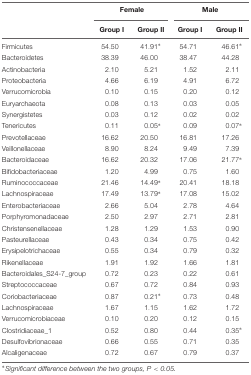
<table><thead><tr><td></td><td colspan="2"><b>Female</b></td><td colspan="2"><b>Male</b></td></tr><tr><td></td><td><b>Group I</b></td><td><b>Group II</b></td><td><b>Group I</b></td><td><b>Group II</b></td></tr></thead><tbody><tr><td>Firmicutes</td><td>54.50</td><td>41.91<sup>*</sup></td><td>54.71</td><td>46.61<sup>*</sup></td></tr><tr><td>Bacteroidetes</td><td>38.39</td><td>46.00</td><td>38.47</td><td>44.28</td></tr><tr><td>Actinobacteria</td><td>2.10</td><td>5.21</td><td>1.52</td><td>2.11</td></tr><tr><td>Proteobacteria</td><td>4.66</td><td>6.19</td><td>4.91</td><td>6.72</td></tr><tr><td>Verrucomicrobia</td><td>0.10</td><td>0.15</td><td>0.20</td><td>0.12</td></tr><tr><td>Euryarchaeota</td><td>0.08</td><td>0.13</td><td>0.03</td><td>0.05</td></tr><tr><td>Synergistetes</td><td>0.03</td><td>0.12</td><td>0.02</td><td>0.02</td></tr><tr><td>Tenericutes</td><td>0.11</td><td>0.05<sup>*</sup></td><td>0.09</td><td>0.07<sup>*</sup></td></tr><tr><td>Prevotellaceae</td><td>16.62</td><td>20.50</td><td>16.81</td><td>17.26</td></tr><tr><td>Veillonellaceae</td><td>8.90</td><td>8.24</td><td>9.49</td><td>7.39</td></tr><tr><td>Bacteroidaceae</td><td>16.62</td><td>20.32</td><td>17.06</td><td>21.77<sup>*</sup></td></tr><tr><td>Bifidobacteriaceae</td><td>1.20</td><td>4.99</td><td>0.75</td><td>1.60</td></tr><tr><td>Ruminococcaceae</td><td>21.46</td><td>14.49<sup>*</sup></td><td>20.41</td><td>18.18</td></tr><tr><td>Lachnospiraceae</td><td>17.49</td><td>13.79<sup>*</sup></td><td>17.08</td><td>15.02</td></tr><tr><td>Enterobacteriaceae</td><td>2.66</td><td>5.04</td><td>2.78</td><td>4.64</td></tr><tr><td>Porphyromonadaceae</td><td>2.50</td><td>2.97</td><td>2.71</td><td>2.81</td></tr><tr><td>Christensenellaceae</td><td>1.28</td><td>1.29</td><td>1.53</td><td>0.90</td></tr><tr><td>Pasteurellaceae</td><td>0.43</td><td>0.34</td><td>0.75</td><td>0.42</td></tr><tr><td>Erysipelotrichaceae</td><td>0.55</td><td>0.34</td><td>0.79</td><td>0.32</td></tr><tr><td>Rikenellaceae</td><td>1.91</td><td>1.92</td><td>1.66</td><td>1.81</td></tr><tr><td>Bacteroidales_S24-7_group</td><td>0.72</td><td>0.23</td><td>0.22</td><td>0.61</td></tr><tr><td>Streptococcaceae</td><td>0.67</td><td>0.72</td><td>0.84</td><td>0.93</td></tr><tr><td>Coriobacteriaceae</td><td>0.87</td><td>0.21<sup>*</sup></td><td>0.73</td><td>0.48</td></tr><tr><td>Lachnospiraceae</td><td>1.67</td><td>1.15</td><td>1.62</td><td>1.72</td></tr><tr><td>Verrucomicrobiaceae</td><td>0.10</td><td>0.20</td><td>0.12</td><td>0.15</td></tr><tr><td>Clostridiaceae_1</td><td>0.52</td><td>0.80</td><td>0.44</td><td>0.35<sup>*</sup></td></tr><tr><td>Desulfovibrionaceae</td><td>0.66</td><td>0.55</td><td>0.71</td><td>0.35</td></tr><tr><td>Alcaligenaceae</td><td>0.72</td><td>0.67</td><td>0.79</td><td>0.37</td></tr></tbody></table>